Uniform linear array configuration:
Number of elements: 64
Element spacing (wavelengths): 0.75
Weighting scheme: cosine
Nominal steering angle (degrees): -60
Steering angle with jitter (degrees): -59.205
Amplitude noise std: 0.05
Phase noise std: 0.05

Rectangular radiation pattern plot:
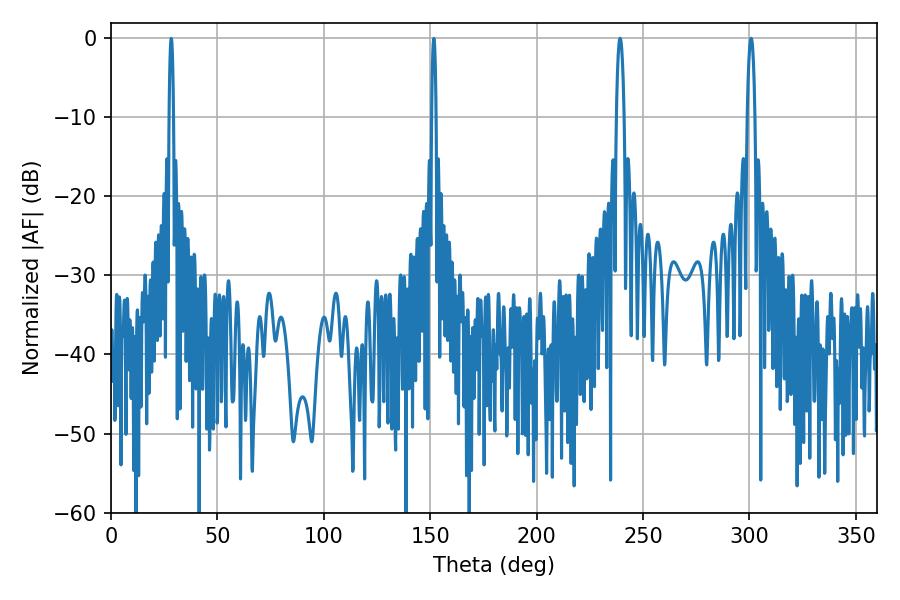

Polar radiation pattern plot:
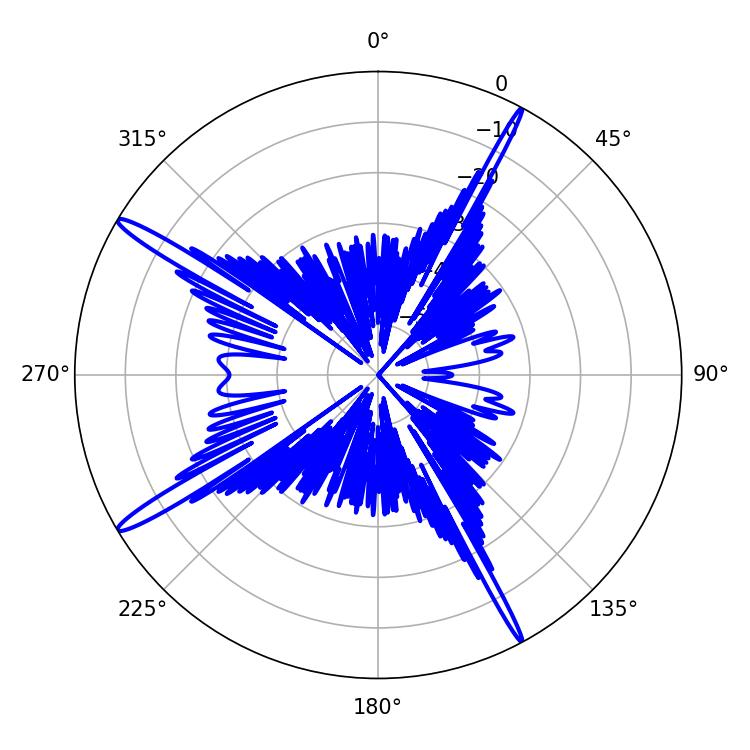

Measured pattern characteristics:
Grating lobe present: TRUE
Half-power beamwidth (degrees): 1.98
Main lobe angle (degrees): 239.22